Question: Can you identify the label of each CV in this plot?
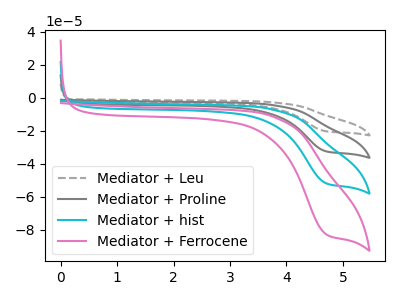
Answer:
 <answer>The gray dashed curve is labeled "Mediator + Leu". The gray curve is labeled "Mediator + Proline". The cyan curve is labeled "Mediator + hist". The pink curve is labeled "Mediator + Ferrocene".</answer>
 <eval></eval>